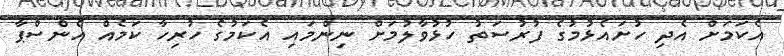
އެކަމަށް އެދި ހުށައެޅުމުގެ ފުރުސަތު ހުޅުވާލުމަށް ނިންމައި އެކަމުގެ ހުރިހާ ކަމެއް އެންސްޕާ